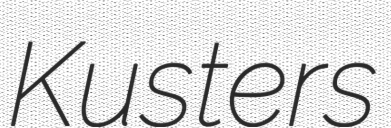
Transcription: Kusters